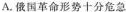
A.俄国革命形势十分危急